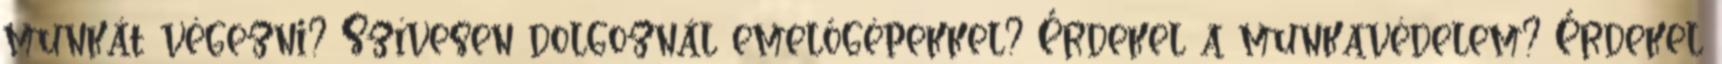
munkát végezni? Szívesen dolgoznál emelőgépekkel? Érdekel a munkavédelem? Érdekel